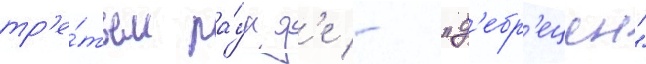
тр'е́тьем ра́унд'е - "д'ебр'ецен"